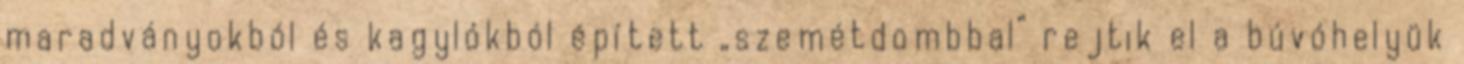
maradványokból és kagylókból épített „szemétdombbal” rejtik el a búvóhelyük